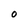
Character: O